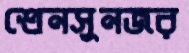
শ্রেনসুনজর